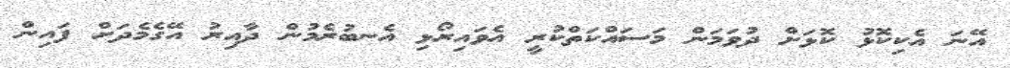
އޭނަ އެކިކޮޅު ކޮޅަށް ދުވަމަން މަސައްކަތްކުރީ އެވައިރޯޅި އެނބުރެމުން ދާއިރު އޭގެމެދަށް ފައިން